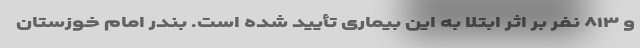
و ۸۱۳ نفر بر اثر ابتلا به این بیماری تأیید شده است. بندر امام خوزستان